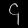
Digit: ၄